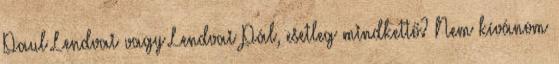
Paul Lendvai vagy Lendvai Pál, esetleg mindkettő? Nem kívánom